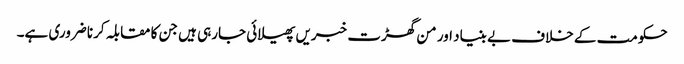
حکومت کے خلاف بے بنیاد اور من گھڑت خبریں پھیلائی جارہی ہیں جن کا مقابلہ کرنا ضروری ہے۔